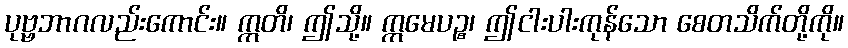
ပုဗ္ဗဘာဂလည်းကောင်း။ ဣတိ၊ ဤသို့။ ဣမေပဉ္စ၊ ဤငါးပါးကုန်သော စေတသိက်တို့ကို။